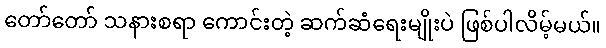
တော်တော် သနားစရာ ကောင်းတဲ့ ဆက်ဆံရေးမျိုးပဲ ဖြစ်ပါလိမ့်မယ်။